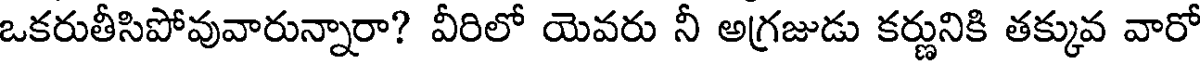
ఒకరుతీసిపోవువారున్నారా? వీరిలో యెవరు నీ అగ్రజుడు కర్ణునికి తక్కువ వారో